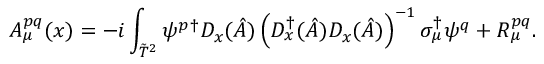
A _ { \mu } ^ { p q } ( x ) = - i \int _ { \tilde { T } ^ { 2 } } \psi ^ { p } { } ^ { \dagger } D _ { x } ( \hat { A } ) \left( D _ { x } ^ { \dagger } ( \hat { A } ) D _ { x } ( \hat { A } ) \right) ^ { - 1 } \sigma _ { \mu } ^ { \dagger } \psi ^ { q } + R _ { \mu } ^ { p q } .